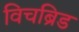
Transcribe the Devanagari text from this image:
विचब्रिड